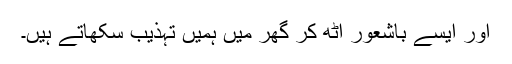
اور ایسے باشعور اٹھ کر گھر میں ہمیں تہذیب سکھاتے ہیں۔